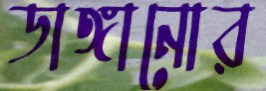
ডাঙ্গানোর